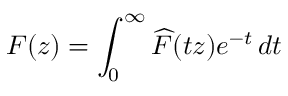
F ( z ) = \int _ { 0 } ^ { \infty } { \widehat { F } } ( t z ) e ^ { - t } \, d t